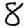
Digit: 8